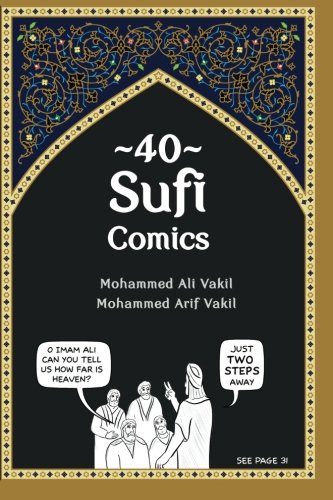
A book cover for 40 Sufi Comics; Mohammed Ali Vakil; Comics & Graphic Novels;